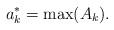
LaTeX: \begin{align*}a_k^* = \max(A_k).\end{align*}